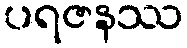
ပရဇနဿ